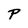
Character: P